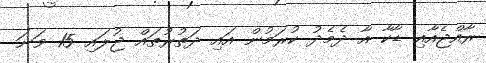
ރާއްޖެއާއި ޑާކާ އާ ދެމެދު ކުރަމުން އައި ދަތުރުތައް ޖުލައި 15 ވަނަ